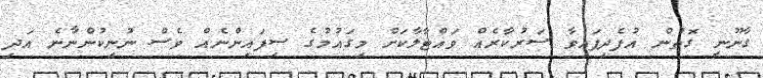
ގާނޫނީ ގޮތުން އުފެދިފައިވާ ސަރުކާރެއް ވައްޓާލާކަށް މިގައުމުގެ ސިފައިންނެއް ވެސް ނުނިކުންނާނެ އަދި